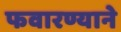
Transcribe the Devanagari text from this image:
फवारण्याने